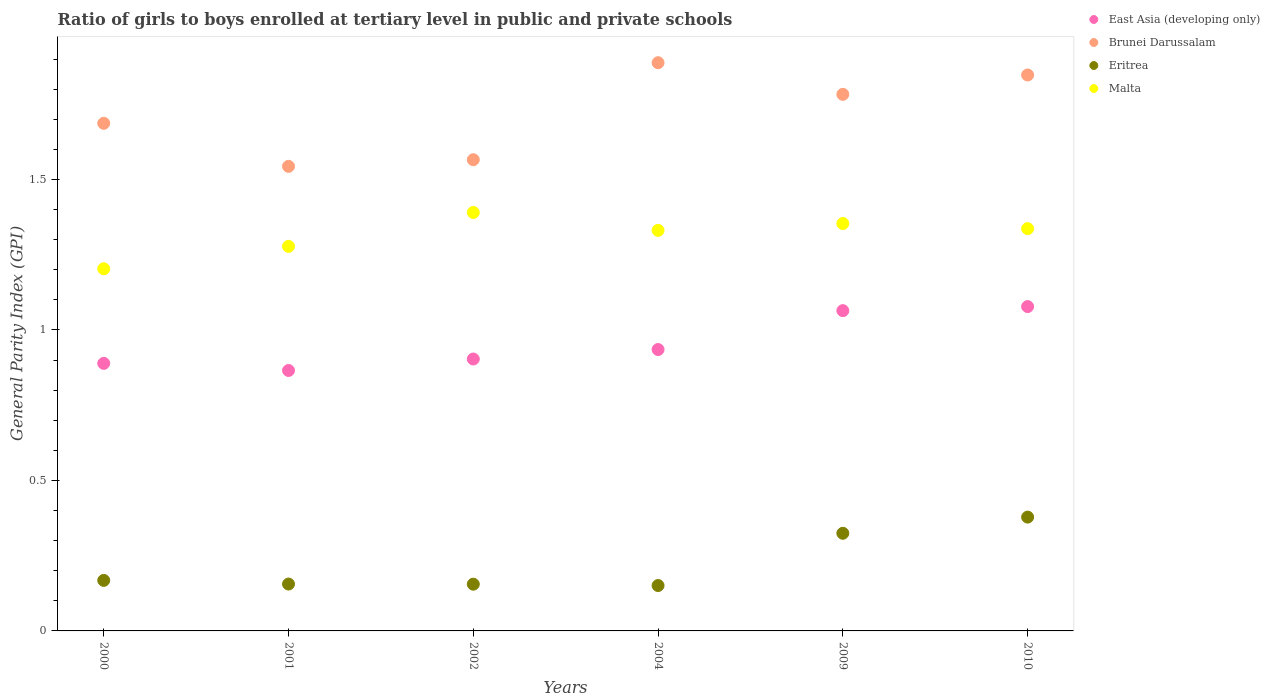
| Years | East Asia (developing only) | Brunei Darussalam | Eritrea | Malta |
 | --- | --- | --- | --- | --- |
 | 2000 | 0.889 | 1.69 | 0.168 | 1.2 |
 | 2001 | 0.865 | 1.54 | 0.156 | 1.28 |
 | 2002 | 0.904 | 1.57 | 0.155 | 1.39 |
 | 2004 | 0.935 | 1.89 | 0.151 | 1.33 |
 | 2009 | 1.06 | 1.78 | 0.324 | 1.35 |
 | 2010 | 1.08 | 1.85 | 0.378 | 1.34 |